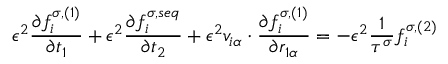
\epsilon ^ { 2 } \frac { \partial f _ { i } ^ { \sigma , ( 1 ) } } { \partial t _ { 1 } } + \epsilon ^ { 2 } \frac { \partial f _ { i } ^ { \sigma , s e q } } { \partial t _ { 2 } } + \epsilon ^ { 2 } v _ { i \alpha } \cdot \frac { \partial f _ { i } ^ { \sigma , ( 1 ) } } { \partial r _ { 1 \alpha } } = - \epsilon ^ { 2 } \frac { 1 } { \tau ^ { \sigma } } f _ { i } ^ { \sigma , ( 2 ) }